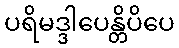
ပရိမဒ္ဒါပေန္တိပိပေ